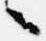
々